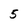
Character: 5